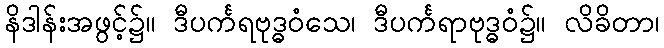
နိဒါန်းအဖွင့်၌။ ဒီပင်္ကရဗုဒ္ဓဝံသေ၊ ဒီပင်္ကရာဗုဒ္ဓဝံ၌။ လိခိတာ၊